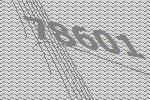
78601